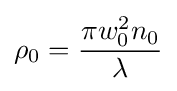
\rho _{0}={\pi w_{0}^{2}n_{0} \over \lambda }